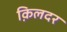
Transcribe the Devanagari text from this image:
क़िलदर